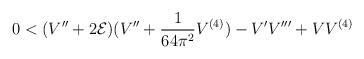
LaTeX: \begin{align*}0<(V''+2{\cal E})(V''+\frac{1}{64\pi^2}V^{(4)})-V'V'''+VV^{(4)}\end{align*}